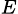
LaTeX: _E